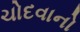
ચોદવાનો